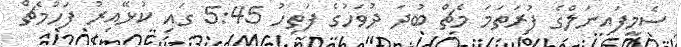
ސެމީފައިނަލްގެ ފުރަތަމަ މެޗް ބުދަ ދުވަހުގެ ފަތިހު 5:45 ގައި ކުޅޭއިރު ފަހުމެޗް